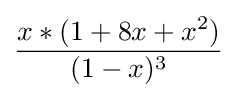
{\frac {x*(1+8x+x^{2})}{(1-x)^{3}}}